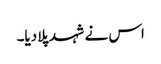
اس نے شہد پلا دیا۔